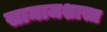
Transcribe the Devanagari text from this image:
सामाजशास्त्र